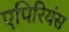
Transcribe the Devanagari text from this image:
एपिरियंस